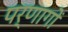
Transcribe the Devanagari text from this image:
पर्णागों